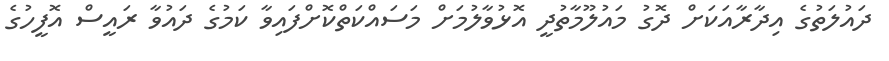
ދައުލަތުގެ އިދާރާއަކަށް ދޮގު މައުލޫމާތުދީ އޮޅުވާލުމަށް މަސައްކަތްކޮށްފައިވާ ކަމުގެ ދައުވާ ރައީސް އޮފީހުގެ